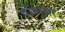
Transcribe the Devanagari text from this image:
पॉप्यूलर